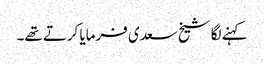
کہنے لگا شیخ سعدی فرمایا کرتے تھے۔